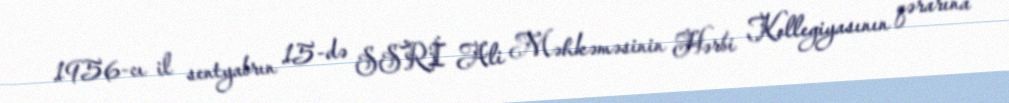
1956-cı il sentyabrın 15-də SSRİ Ali Məhkəməsinin Hərbi Kollegiyasının qərarına